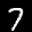
Label: 7